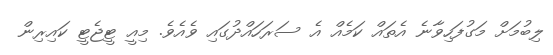
ލިބުމަށް މަގުފަހިވާނެ އެތައް ކަމެއް އެ ސަރަހައްދުގައި ވެއެވެ. މިއީ ޓީޖެޓީ ކައިރިން